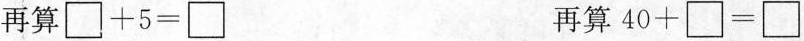
再算$$\Box + 5 = \Box $$ $$再算$$40 + \Box = \Box$$